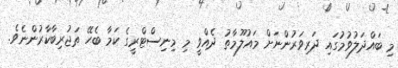
މި ބައްދަލުވުމުގައި ދަރިވަރުންނަށް މައުލޫމާތު ދެއްވީ މި މިނިސްޓްރީގެ ކަމާ ބެހޭ ތަޖުރިބާކާރުންނެވެ.